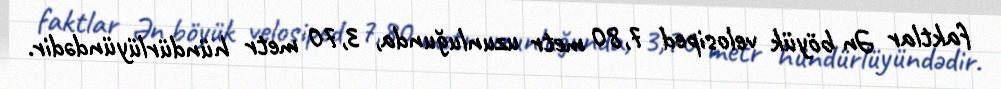
faktlar Ən böyük velosiped 7,80 metr uzunluğunda, 3,70 metr hündürlüyündədir.